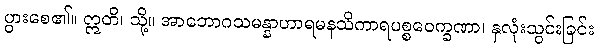
ပွားစေ၏။ ဣတိ၊ သို့။ အာဘောဂသမန္နာဟာရမနသိကာရပစ္စဝေက္ခဏာ၊ နှလုံးသွင်းခြင်း